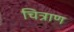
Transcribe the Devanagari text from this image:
चित्राण